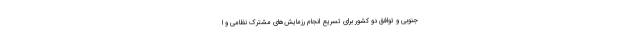
جنوبی و توافق دو کشور برای تسریع انجام رزمایش‌های مشترک نظامی و ا